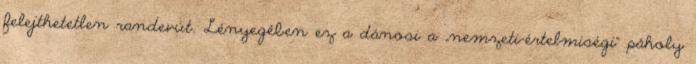
felejthetetlen randevút. Lényegében ez a dánosi a „nemzeti-értelmiségi” páholy